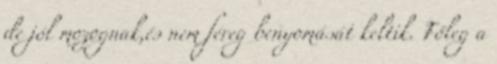
de jól mozognak,és nem féreg benyomását keltik. Főleg a